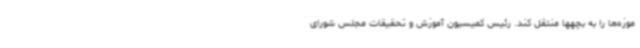
موزه‌ها را به بچهها منتقل کند. رئیس کمیسیون آموزش و تحقیقات مجلس شورای